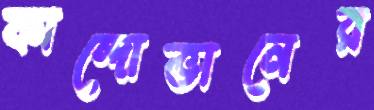
কান্দোভানের